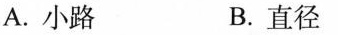
A.小路 B.直径